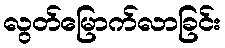
လွတ်မြောက်လာခြင်း